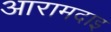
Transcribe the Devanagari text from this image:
आरामदाइ